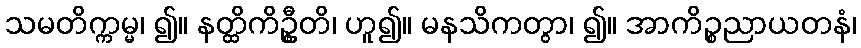
သမတိက္ကမ္မ၊ ၍။ နတ္ထိကိဦ္စတိ၊ ဟူ၍။ မနသိကတွာ၊ ၍။ အာကိဉ္စညာယတနံ၊